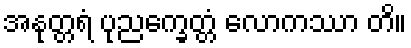
အနုတ္တရံ ပုညက္ခေတ္တံ လောကဿာ တိ။